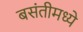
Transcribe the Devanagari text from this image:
बसंतीमध्ये